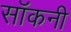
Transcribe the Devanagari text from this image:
सॉकनी